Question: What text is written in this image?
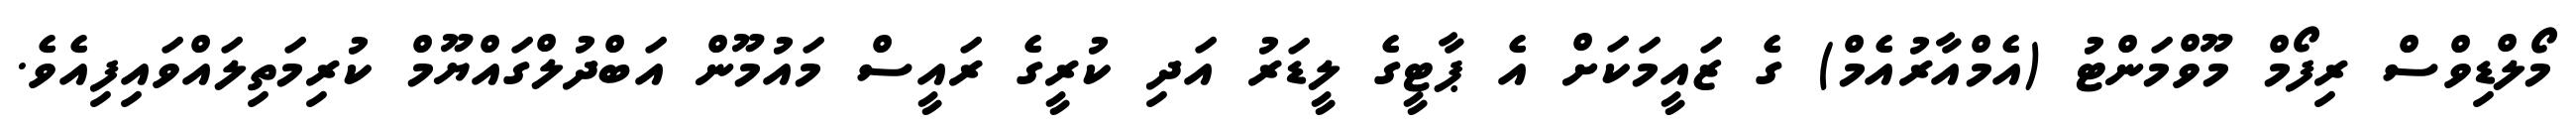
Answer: މޯލްޑިވްސް ރިފޯމް މޫވްމަންޓު (އެމްއާރުއެމް) ގެ ޒައީމަކަށް އެ ޕާޓީގެ ލީޑަރު އަދި ކުރީގެ ރައީސް މައުމޫން އަބްދުލްގައްޔޫމް ކުރިމަތިލައްވައިފިއެވެ.